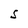
Character: S